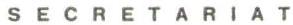
SECRETARIAT